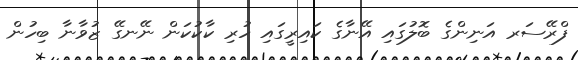
ފްރޭސަރ އަނިންގެ ބޮލުގައި އޭނާގެ ކައިރީގައި ހުރި ކާކުކަން ނޭނގޭ ޒުވާނާ ބިހުން